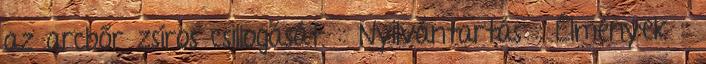
az arcbőr zsíros csillogását. :: Nyilvántartás :: Élmények ::